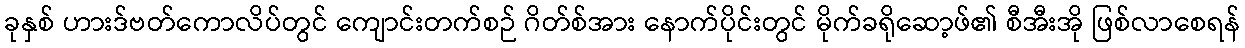
ခုနှစ် ဟားဒ်ဗတ်ကောလိပ်တွင် ကျောင်းတက်စဉ် ဂိတ်စ်အား နောက်ပိုင်းတွင် မိုက်ခရိုဆော့ဖ်၏ စီအီးအို ဖြစ်လာစေရန်